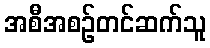
အစီအစဉ်တင်ဆက်သူ